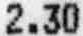
2.30